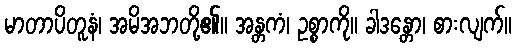
မာတာပိတူနံ၊ အမိအဘတို့၏။ အန္တကံ၊ ဥစ္စာကို။ ခါဒန္တော၊ စားလျက်။